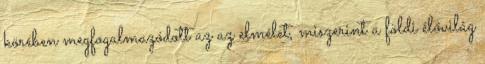
körében megfogalmazódott az az elmélet, miszerint a földi élővilág